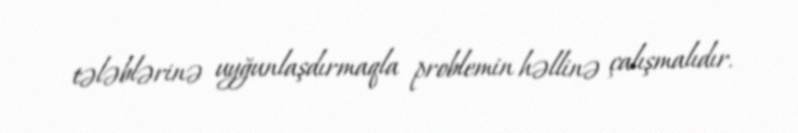
tələblərinə uyğunlaşdırmaqla problemin həllinə çalışmalıdır.